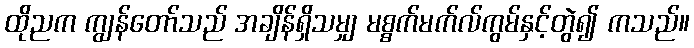
ထိုညက ကျွန်တော်သည် အချိန်ရှိသမျှ မစ္စက်မက်လ်ကွမ်နှင့်တွဲ၍ ကသည်။